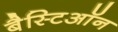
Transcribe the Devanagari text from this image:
बैस्टिऑन